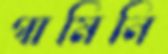
গামিনি